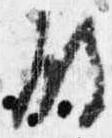
殿